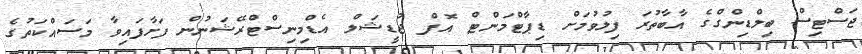
ޖަސްޓިސް ބިލްޑިންގްގެ އާބާތުރަ ފިލުވުމަށް ޑިޕާޓްމަންޓް އޮފް ޖުޑީޝަލް އެޑްމިނިސްޓްރޭޝަނުން ފަށާފައިވާ މަސައްކަތުގެ